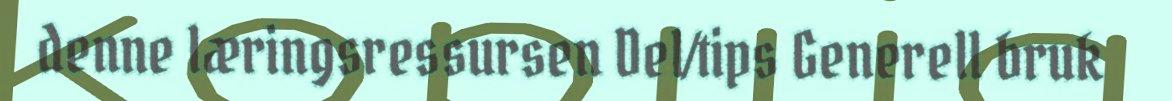
denne læringsressursen Del/tips Generell bruk